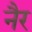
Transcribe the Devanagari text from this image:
नैर